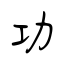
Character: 功